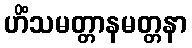
ဟိံသမတ္တာနမတ္တနာ